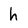
Character: h